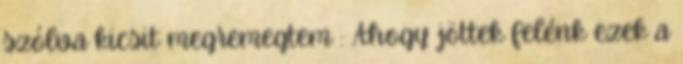
szólva kicsit megremegtem : Ahogy jöttek felénk ezek a